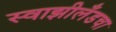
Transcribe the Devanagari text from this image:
स्वाझीलँडचा